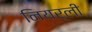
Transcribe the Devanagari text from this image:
नियर्ली